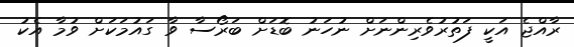
ރާއްޖެ އަކީ ފަތުރުވެރިންނަށް ނުހަނު ބޮޑަށް ބަރޯސާ ވާ ގައުމަކަށް ވުމާ އެކު